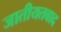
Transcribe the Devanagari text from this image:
जातीयतवाद